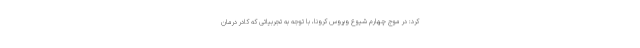
کرد: در موج چهارم شیوع ویروس کرونا، با توجه به تجربیاتی که کادر درمان